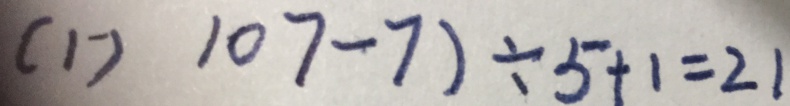
( 1 ^ { - } ) 1 0 7 - 7 ) \div 5 + 1 = 2 1